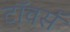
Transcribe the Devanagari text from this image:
टाॅवर्स